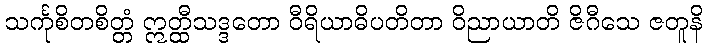
သင်္ကုစိတစိတ္တံ ဣတ္ထီသဒ္ဒတော ဝီရိယာဓိပတိတာ ဝိညာယာတိ ဇိဂီသေ ဇတူနိ